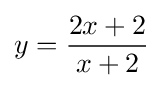
y={\frac {2x+2}{x+2}}